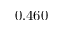
0 . 4 6 0